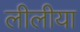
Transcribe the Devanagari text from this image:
लीलीया